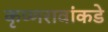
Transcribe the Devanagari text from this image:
कृष्णरावांकडे